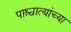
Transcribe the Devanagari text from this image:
पाश्चात्यांच्या